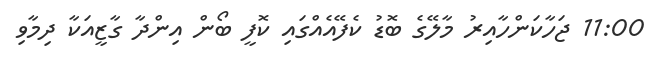
11:00 ޖަހާކަންހާއިރު މާލޭގެ ބޮޑު ކެފޭއެއްގައި ކޮފީ ބޯން އިންދާ ގާޒީއަކާ ދިމާވި